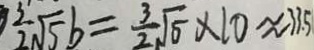
\frac { 3 } { 2 } \sqrt { 5 } b = \frac { 3 } { 2 } \sqrt { 5 } \times 1 0 \approx 3 3 . 5